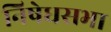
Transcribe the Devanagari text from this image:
निषेधसभा